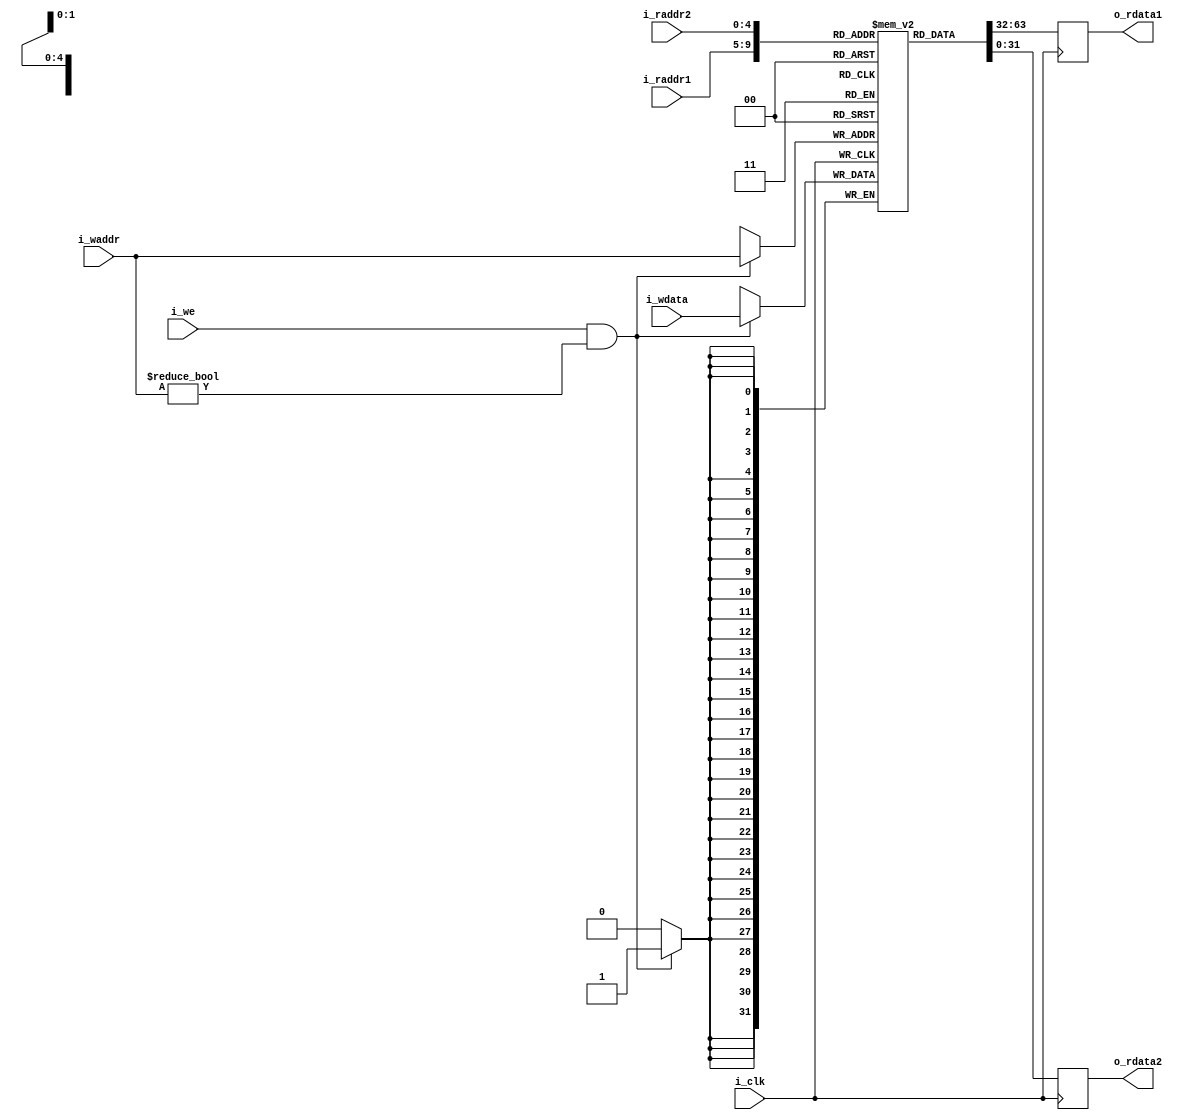

module RegFile(i_clk, 
               i_raddr1, 
               i_raddr2, 
               i_waddr, 
               i_wdata, 
               i_we,
               o_rdata1,
               o_rdata2 
               );
               
	input           i_clk, i_we;
	input   [4:0]   i_raddr1, i_raddr2, i_waddr;
	input   [31:0]  i_wdata;           
	output reg [31:0]  o_rdata1, o_rdata2;

	reg [31:0] mem [31:0];
	integer i;
	
	initial for(i = 0; i < 32; i=i+1 ) mem[i] = 0;

	always@(posedge i_clk)
	begin
		if(i_we & (i_waddr != 0)) mem[i_waddr]<=i_wdata;
		o_rdata1<=mem[i_raddr1];
		o_rdata2<=mem[i_raddr2];
	end
  
endmodule